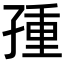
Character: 𡥿